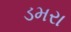
ડમરા